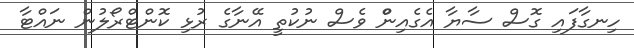
ހިނގާފައި ގޮސް ސާޔާ އެގެއިންް ވެސް ނުކުތީ އޭނާގެ ރުޅި ކޮންޓްރޯލުން ނައްޓާ